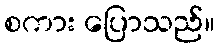
စကား ပြောသည်။